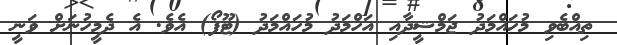
ތިއްބެވި މުހައްމަދު ޖަމްޝީދާއި އަހްމަދު މުހައްމަދު (ޓޫފޯ) އެވެ. އެ ދެމީހުނަށް ވަނީ